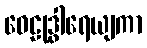
ဝေဠုဒွါရေယျကာ